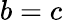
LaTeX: b=c